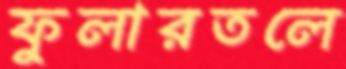
ফুলারতলে